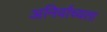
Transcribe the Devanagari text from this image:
अनिर्वाच्यता